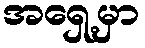
အရှေ့မှာ